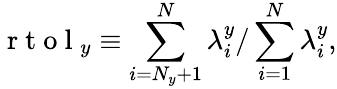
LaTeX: \mathrm{~r~t~o~l~}_{y}\equiv\sum_{i=N_{y}+1}^{N}\lambda_{i}^{y}/\sum_{i=1}^{N}\lambda_{i}^{y},